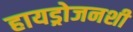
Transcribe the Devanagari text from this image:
हायड्रोजनशी